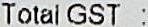
TOTAL GST :